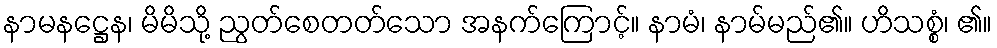
နာမနဋ္ဌေန၊ မိမိသို့ ညွတ်စေတတ်သော အနက်ကြောင့်။ နာမံ၊ နာမ်မည်၏။ ဟိသစ္စံ၊ ၏။